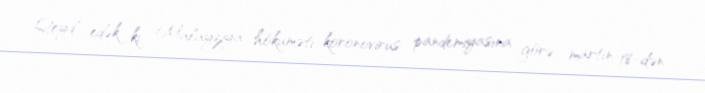
Qeyd edək ki, Malayziya hökuməti koronovirus pandemiyasına görə martın 18-dən